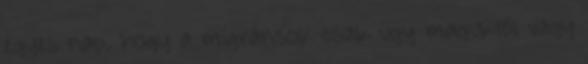
egyes nap, hogy a migránsok csak úgy maguktól vagy